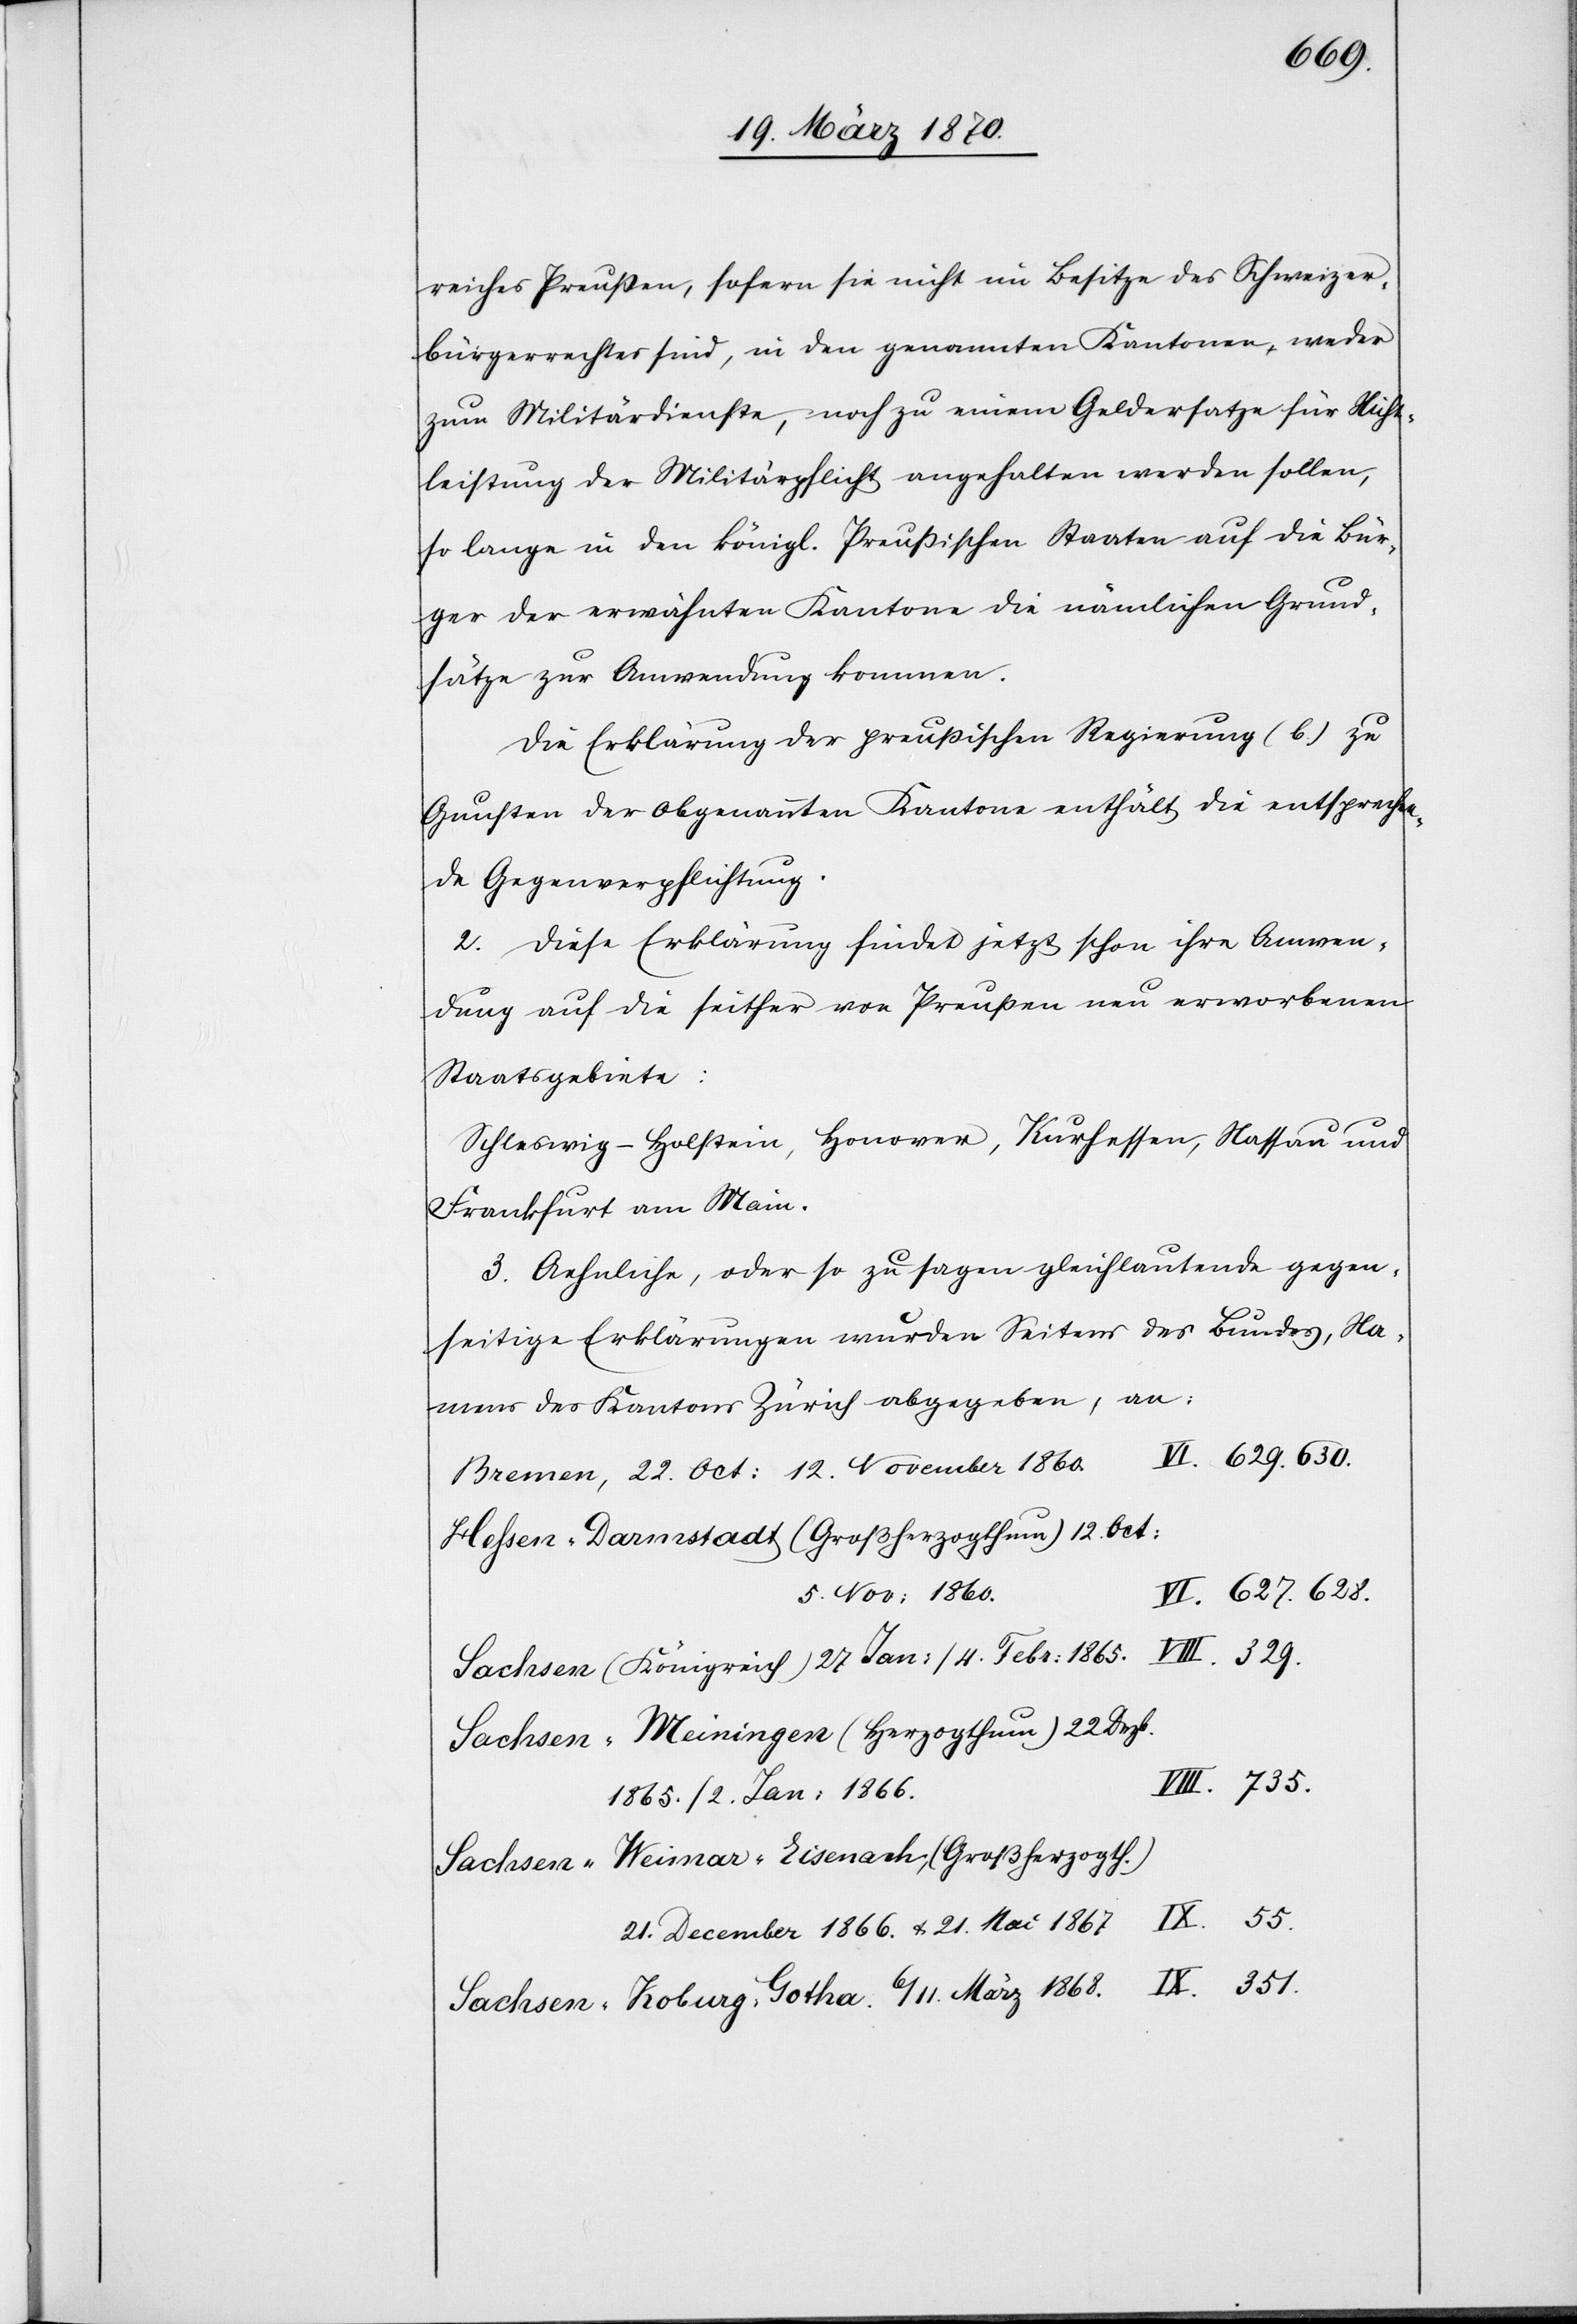
1865.
6/11. März 1868.
reichs Preußen, sofern sie nicht im Besitze des Schweizer¬
bürgerrechtes sind, in den genannten Kantonen weder
zum Militärdienste, noch zu einem Geldersatze für Nicht¬
leistung der Militärpflicht angehalten werden sollen,
so lange in den königl. Preußischen Staaten auf die Bür¬
ger der erwähnten Kantone die nämlichen Grund¬
sätze zur Anwendung kommen.[“]
Die Erklärung der preußischen Regierung (b.) zu
Gunsten der obgenannten Kantone enthält die entsprechen¬
de Gegenverpflichtung.
2. Diese Erklärung findet jetzt schon ihre Anwen¬
dung auf die seither von Preußen neu erworbenen
V¬
Staatsgebiete:
Schleswig-Holstein, H[?a]nover, Kurhessen, Nassau und
Frankfurt am Main.
3. Aehnliche, oder so zu sagen gleichlautende gegen¬
seitige Erklärungen wurden Seitens des Bundes, Na¬
mens des Kantons Zürich abgegeben, an:
VI. 629. 630.
Hessen-Darmstadt (Großherzogthum)
5. Nov: 1860.
VI. 627. 628.
III. 329.
Sachsen-Meiningen (Herzogthum)
VIII. 735.
1865./2. Jan: 1866.
Sachsen-Weimar-Eisenach, (Großherzogth.)
21. December 1866. & 21. Mai 1867.
IX. 351.